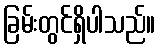
ခြမ်းတွင်ရှိပါသည်။